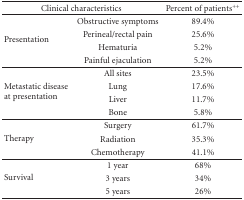
| <COLSPAN=2> Clinical characteristics | Percent of patients++ |
 | --- | --- | --- |
 | <ROWSPAN=4> Presentation | Obstructive symptoms | 89.4% |
 | Perineal/rectal pain | 25.6% |
 | Hematuria | 5.2% |
 | Painful ejaculation | 5.2% |
 | <ROWSPAN=4> Metastatic diseaseat presentation | All sites | 23.5% |
 | Lung | 17.6% |
 | Liver | 11.7% |
 | Bone | 5.8% |
 | <ROWSPAN=3> Therapy | Surgery | 61.7% |
 | Radiation | 35.3% |
 | Chemotherapy | 41.1% |
 | <ROWSPAN=3> Survival | 1 year | 68% |
 | 3 years | 34% |
 | 5 years | 26% |